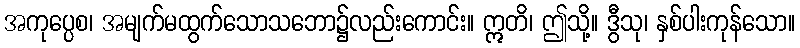
အကုပ္ပေစ၊ အမျက်မထွက်သောသဘော၌လည်းကောင်း။ ဣတိ၊ ဤသို့။ ဒွီသု၊ နှစ်ပါးကုန်သော။